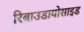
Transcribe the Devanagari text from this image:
रिबाउडायोसाइड